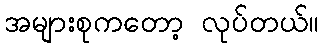
အများစုကတော့ လုပ်တယ်။